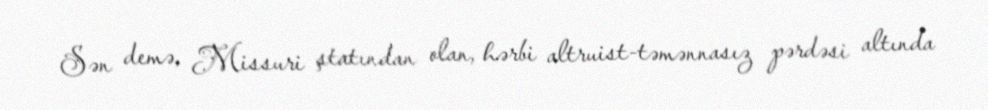
Sən demə, Missuri ştatından olan, hərbi altruist-təmənnasız pərdəsi altında